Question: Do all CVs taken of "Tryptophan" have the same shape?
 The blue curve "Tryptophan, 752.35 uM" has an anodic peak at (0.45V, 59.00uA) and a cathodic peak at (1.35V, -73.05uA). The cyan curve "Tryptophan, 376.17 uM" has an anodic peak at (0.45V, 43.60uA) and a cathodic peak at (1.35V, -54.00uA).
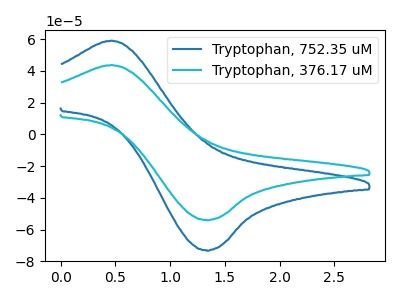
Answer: <think>All the peaks in "Tryptophan, 752.35 uM" have a peak in "Tryptophan, 376.17 uM" at the same potential. Every peak in "Tryptophan, 752.35 uM" is higher than every peak in "Tryptophan, 376.17 uM".
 </think>
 <answer>All the CV's of "Tryptophan" have similar shape.</answer>
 <eval>follow_rule</eval>